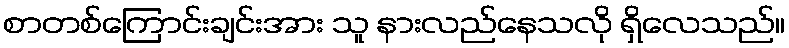
စာတစ်ကြောင်းချင်းအား သူ နားလည်နေသလို ရှိလေသည်။